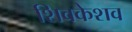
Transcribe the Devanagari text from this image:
शिवकेशव